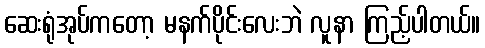
ဆေးရုံအုပ်ကတော့ မနက်ပိုင်းလေးဘဲ လူနာ ကြည့်ပါတယ်။